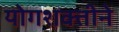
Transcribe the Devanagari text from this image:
योगशक्तीने